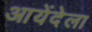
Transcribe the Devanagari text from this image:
आयेंदेला